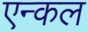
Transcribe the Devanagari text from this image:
एन्कल